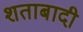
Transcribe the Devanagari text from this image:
शताबादी